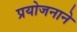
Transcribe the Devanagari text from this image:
प्रयोजनाने